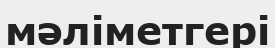
мәліметгері